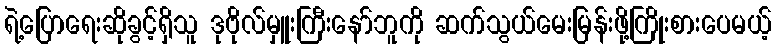
ရဲ့ပြောရေးဆိုခွင့်ရှိသူ ဒုဗိုလ်မှူးကြီးနော်ဘူကို ဆက်သွယ်မေးမြန်းဖို့ကြိုးစားပေမယ့်